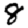
Digit: 8